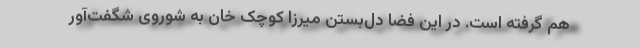
هم گرفته است. در این فضا دل‌بستن میرزا کوچک خان به شوروی شگفت‌آور